Leaving Certificate Examination, 1924
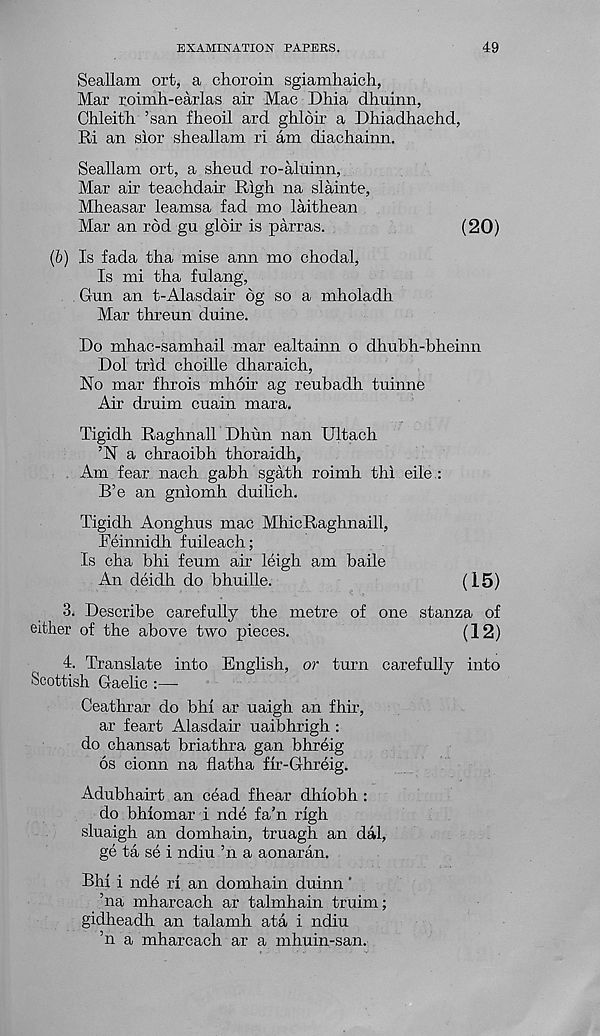
EXAMINATION PAPERS.
49
Seallam ort, a choroin sgiamhaich,
Mar roimh-earlas air Mac Dhia dhuinn,
Chleitli ’san fheoil ard ghloir a Dliiadhachd,
Ri an sior sheallam ri am diachainn.
Seallam ort, a sheud ro-aluinn,
Mar air teaclidair Righ na slainte,
Mheasar leamsa fad mo laithean
Mar an rod gu gldir is parras.
(20)
(6) Is fada tha mise ann mo chodal,
Is mi tha fulang,
Gun an t-Alasdair 6g so a mholadh
Mar threun duine.
Do mhac-samhail mar ealtainn o dhubh-bheinn
Dol trid choille dharaich,
No mar fhrois mhoir ag reubadh tuinne
Air druim cuain mara.
Tigidh Raghnall Dhun nan Ultach
’N a cbraoibh tboraidh,
Am fear nach gabh sgath roimb thi eile :
B’e an gniomh duilich.
Tigidh Aonghus mac MhicRaghnaill,
Feinnidh fuileach;
Is cha bhi feum air leigh am baile
An deidh do bhuille.
(15)
3. Describe carefully the metre of one stanza of
either of the above two pieces.
(12)
I. Translate into English, or turn carefully into
Scottish Gaelic :—-
Ceathrar do bhi ar uaigh an fhir,
ar feart Alasdair uaibhrigh :
do chansat briathra gan bhreig
6s cionn na flatha fir-Ghreig.
Adubhairt an cead fhear dhiobh :
do bhiomar i nde fa’n righ
sluaigh an domhain, truagh an dal,
ge ta se i ndiu ’n a aonaran.
Bhi i nde ri an domhain duinn'
’na mharcach ar talmhain truim;
gidheadh an talamh ata i ndiu
’n a mharcach ar a mhuin-san.